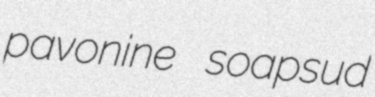
pavonine soapsud